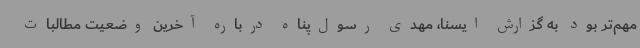
مهم‌تر بود به گزارش ایسنا، مهدی رسول‌پناه درباره آخرین وضعیت مطالبات